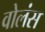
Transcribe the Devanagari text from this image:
वोलंस